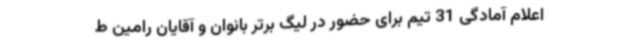
اعلام آمادگی 31 تیم برای حضور در لیگ برتر بانوان و آقایان رامین ط